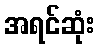
အရင်ဆုံး